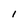
Character: I